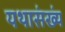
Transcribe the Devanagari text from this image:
यथासंख्यं